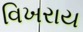
વિખરાય